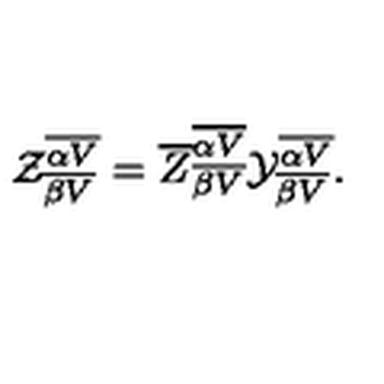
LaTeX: { \cal Z } _ { \overline { { \beta V } } } ^ { \overline { { \alpha V } } } = { \overline { Z } } _ { \overline { { \beta V } } } ^ { \overline { { \alpha V } } } { \cal Y } _ { \overline { { \beta V } } } ^ { \overline { { \alpha V } } } .